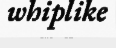
whiplike